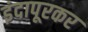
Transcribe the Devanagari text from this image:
इंदापूरकर